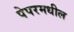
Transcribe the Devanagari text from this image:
पेपरमधील